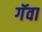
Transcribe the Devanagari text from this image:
गॅवा